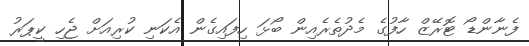
ފެނާންޑޯ ޓޮރޭޒް ހާފުގެ މެދުތެރެއިން ބޯޅަ ހިފައިގެން އެކަނި ކުރިއަށް ޖެހި ކީޕަރު